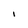
Character: I